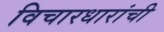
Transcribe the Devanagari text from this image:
विचारधारांची